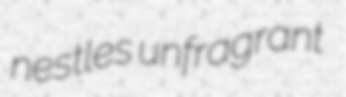
nestles unfragrant